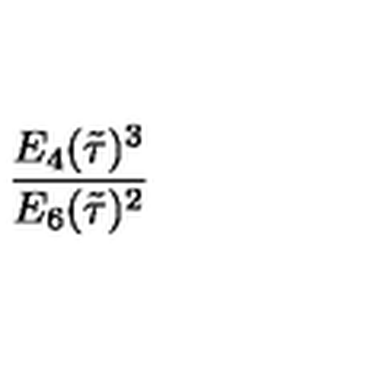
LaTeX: \frac { E _ { 4 } ( \tilde { \tau } ) ^ { 3 } } { E _ { 6 } ( \tilde { \tau } ) ^ { 2 } }